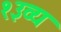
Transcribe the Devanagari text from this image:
१३व्य